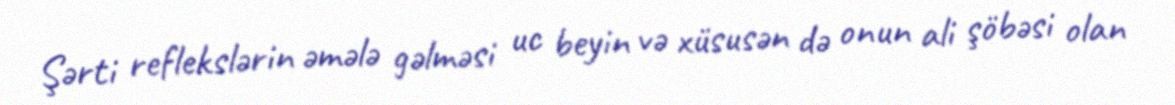
Şərti reflekslərin əmələ gəlməsi uc beyin və xüsusən də onun ali şöbəsi olan